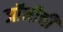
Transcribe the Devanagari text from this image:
जॉनीची